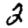
Digit: 2